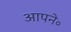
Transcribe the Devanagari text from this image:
आपने॰